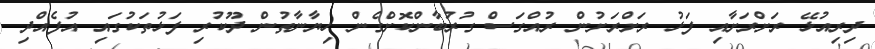
ދިރިއުޅޭ ރަށްރަށާއި ފަޅު ރަށްރަށުން ރުއްގަސް ގުރުބާންކޮށްގެން ހިޔާނާތުން ދޫކުރި ފަޅުތަކުގައި އުފެއްދި